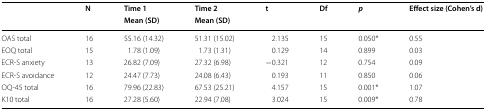
| <ROWSPAN=2>  | <ROWSPAN=2> N | Time 1 | Time 2 | <ROWSPAN=2> t | <ROWSPAN=2> Df | <ROWSPAN=2> p | <ROWSPAN=2> Effect size (Cohen’s d) |
 | Mean (SD) | Mean (SD) |
 | --- | --- | --- | --- | --- | --- | --- | --- |
 | OAS total | 16 | 55.16 (14.32) | 51.31 (15.02) | 2.135 | 15 | 0.050* | 0.55 |
 | EOQ total | 15 | 1.78 (1.09) | 1.73 (1.31) | 0.129 | 14 | 0.899 | 0.03 |
 | ECR-S anxiety | 13 | 26.82 (7.09) | 27.32 (6.98) | −0.321 | 12 | 0.754 | 0.09 |
 | ECR-S avoidance | 12 | 24.47 (7.73) | 24.08 (6.43) | 0.193 | 11 | 0.850 | 0.06 |
 | OQ-45 total | 16 | 79.96 (22.83) | 67.53 (25.21) | 4.157 | 15 | 0.001* | 1.07 |
 | K10 total | 16 | 27.28 (5.60) | 22.94 (7.08) | 3.024 | 15 | 0.009* | 0.78 |